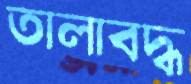
তালাবদ্ধ